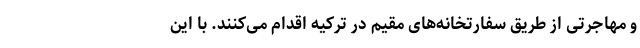
و مهاجرتی از طریق سفارتخانه‌های مقیم در ترکیه اقدام می‌کنند. با این